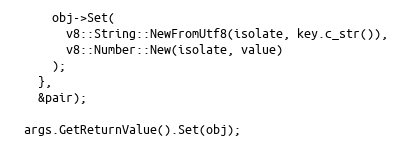
Language: C++
      obj->Set(
        v8::String::NewFromUtf8(isolate, key.c_str()),
        v8::Number::New(isolate, value)
      );
    },
    &pair);

  args.GetReturnValue().Set(obj);